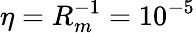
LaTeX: \eta=R_{m}^{-1}=10^{-5}